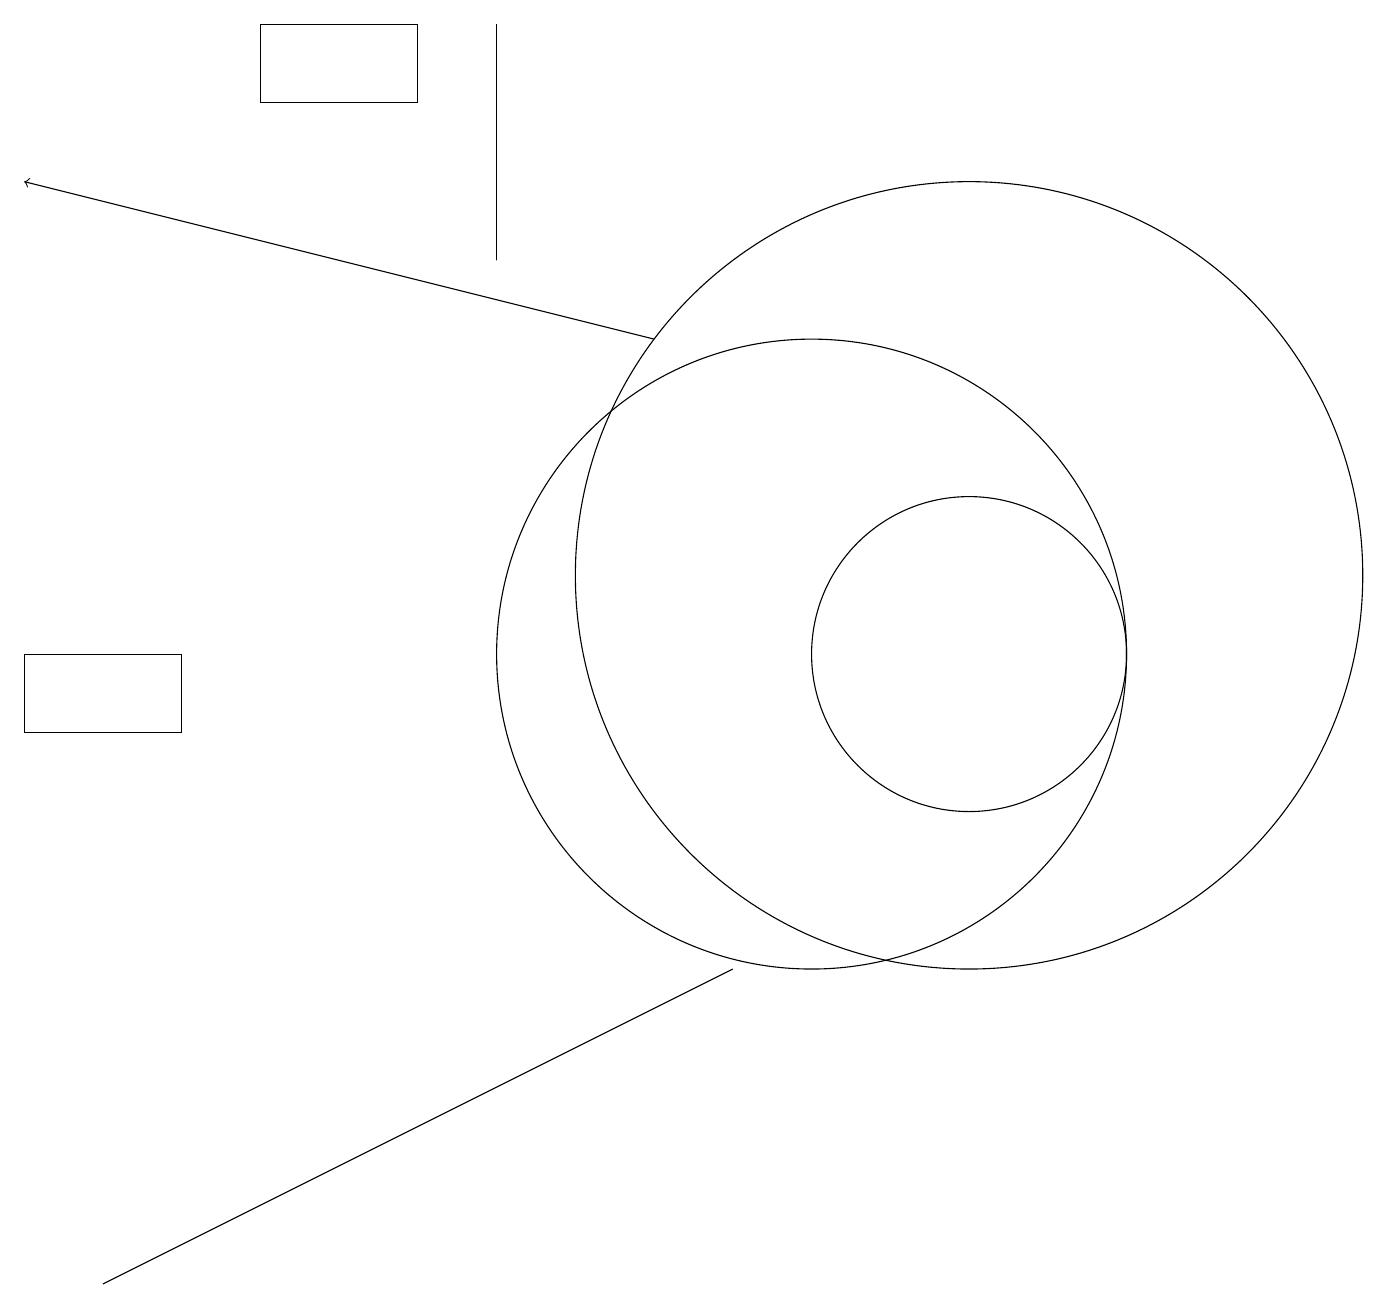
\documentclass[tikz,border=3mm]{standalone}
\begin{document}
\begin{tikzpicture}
\draw (12,11) circle (2);
\draw (6,19) rectangle (6,16);
\draw[->] (8,15) -- (0,17);
\draw (1,3) -- (7,6) -- (9,7) -- cycle;
\draw (2,11) rectangle (0,10);
\draw (12,12) circle (5);
\draw (10,11) circle (4);
\draw (3,19) rectangle (5,18);
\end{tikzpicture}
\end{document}